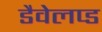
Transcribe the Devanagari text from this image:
डैवेलप्ड